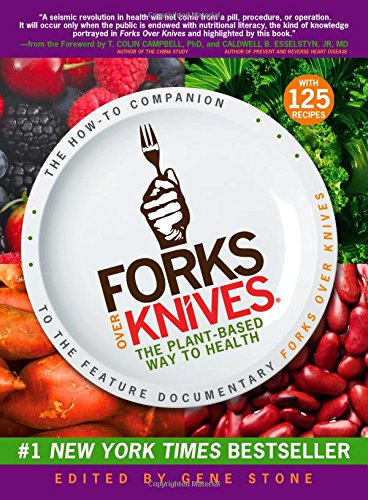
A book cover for Forks Over Knives: The Plant-Based Way to Health; Cookbooks, Food & Wine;